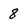
Character: 8